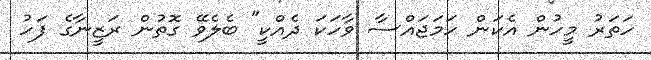
ހަތަރު މީހުން އެކަން ހަމަޖައްސާ ވާހަކަ ދެއްކީ" ބެލެވޭ ގޮތުން ރަޒީނާގެ ފަހު